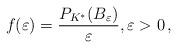
LaTeX: \begin{align*}f(\varepsilon)=\frac{P_{K^*}(B_\varepsilon)}{\varepsilon},\varepsilon>0\,,\end{align*}